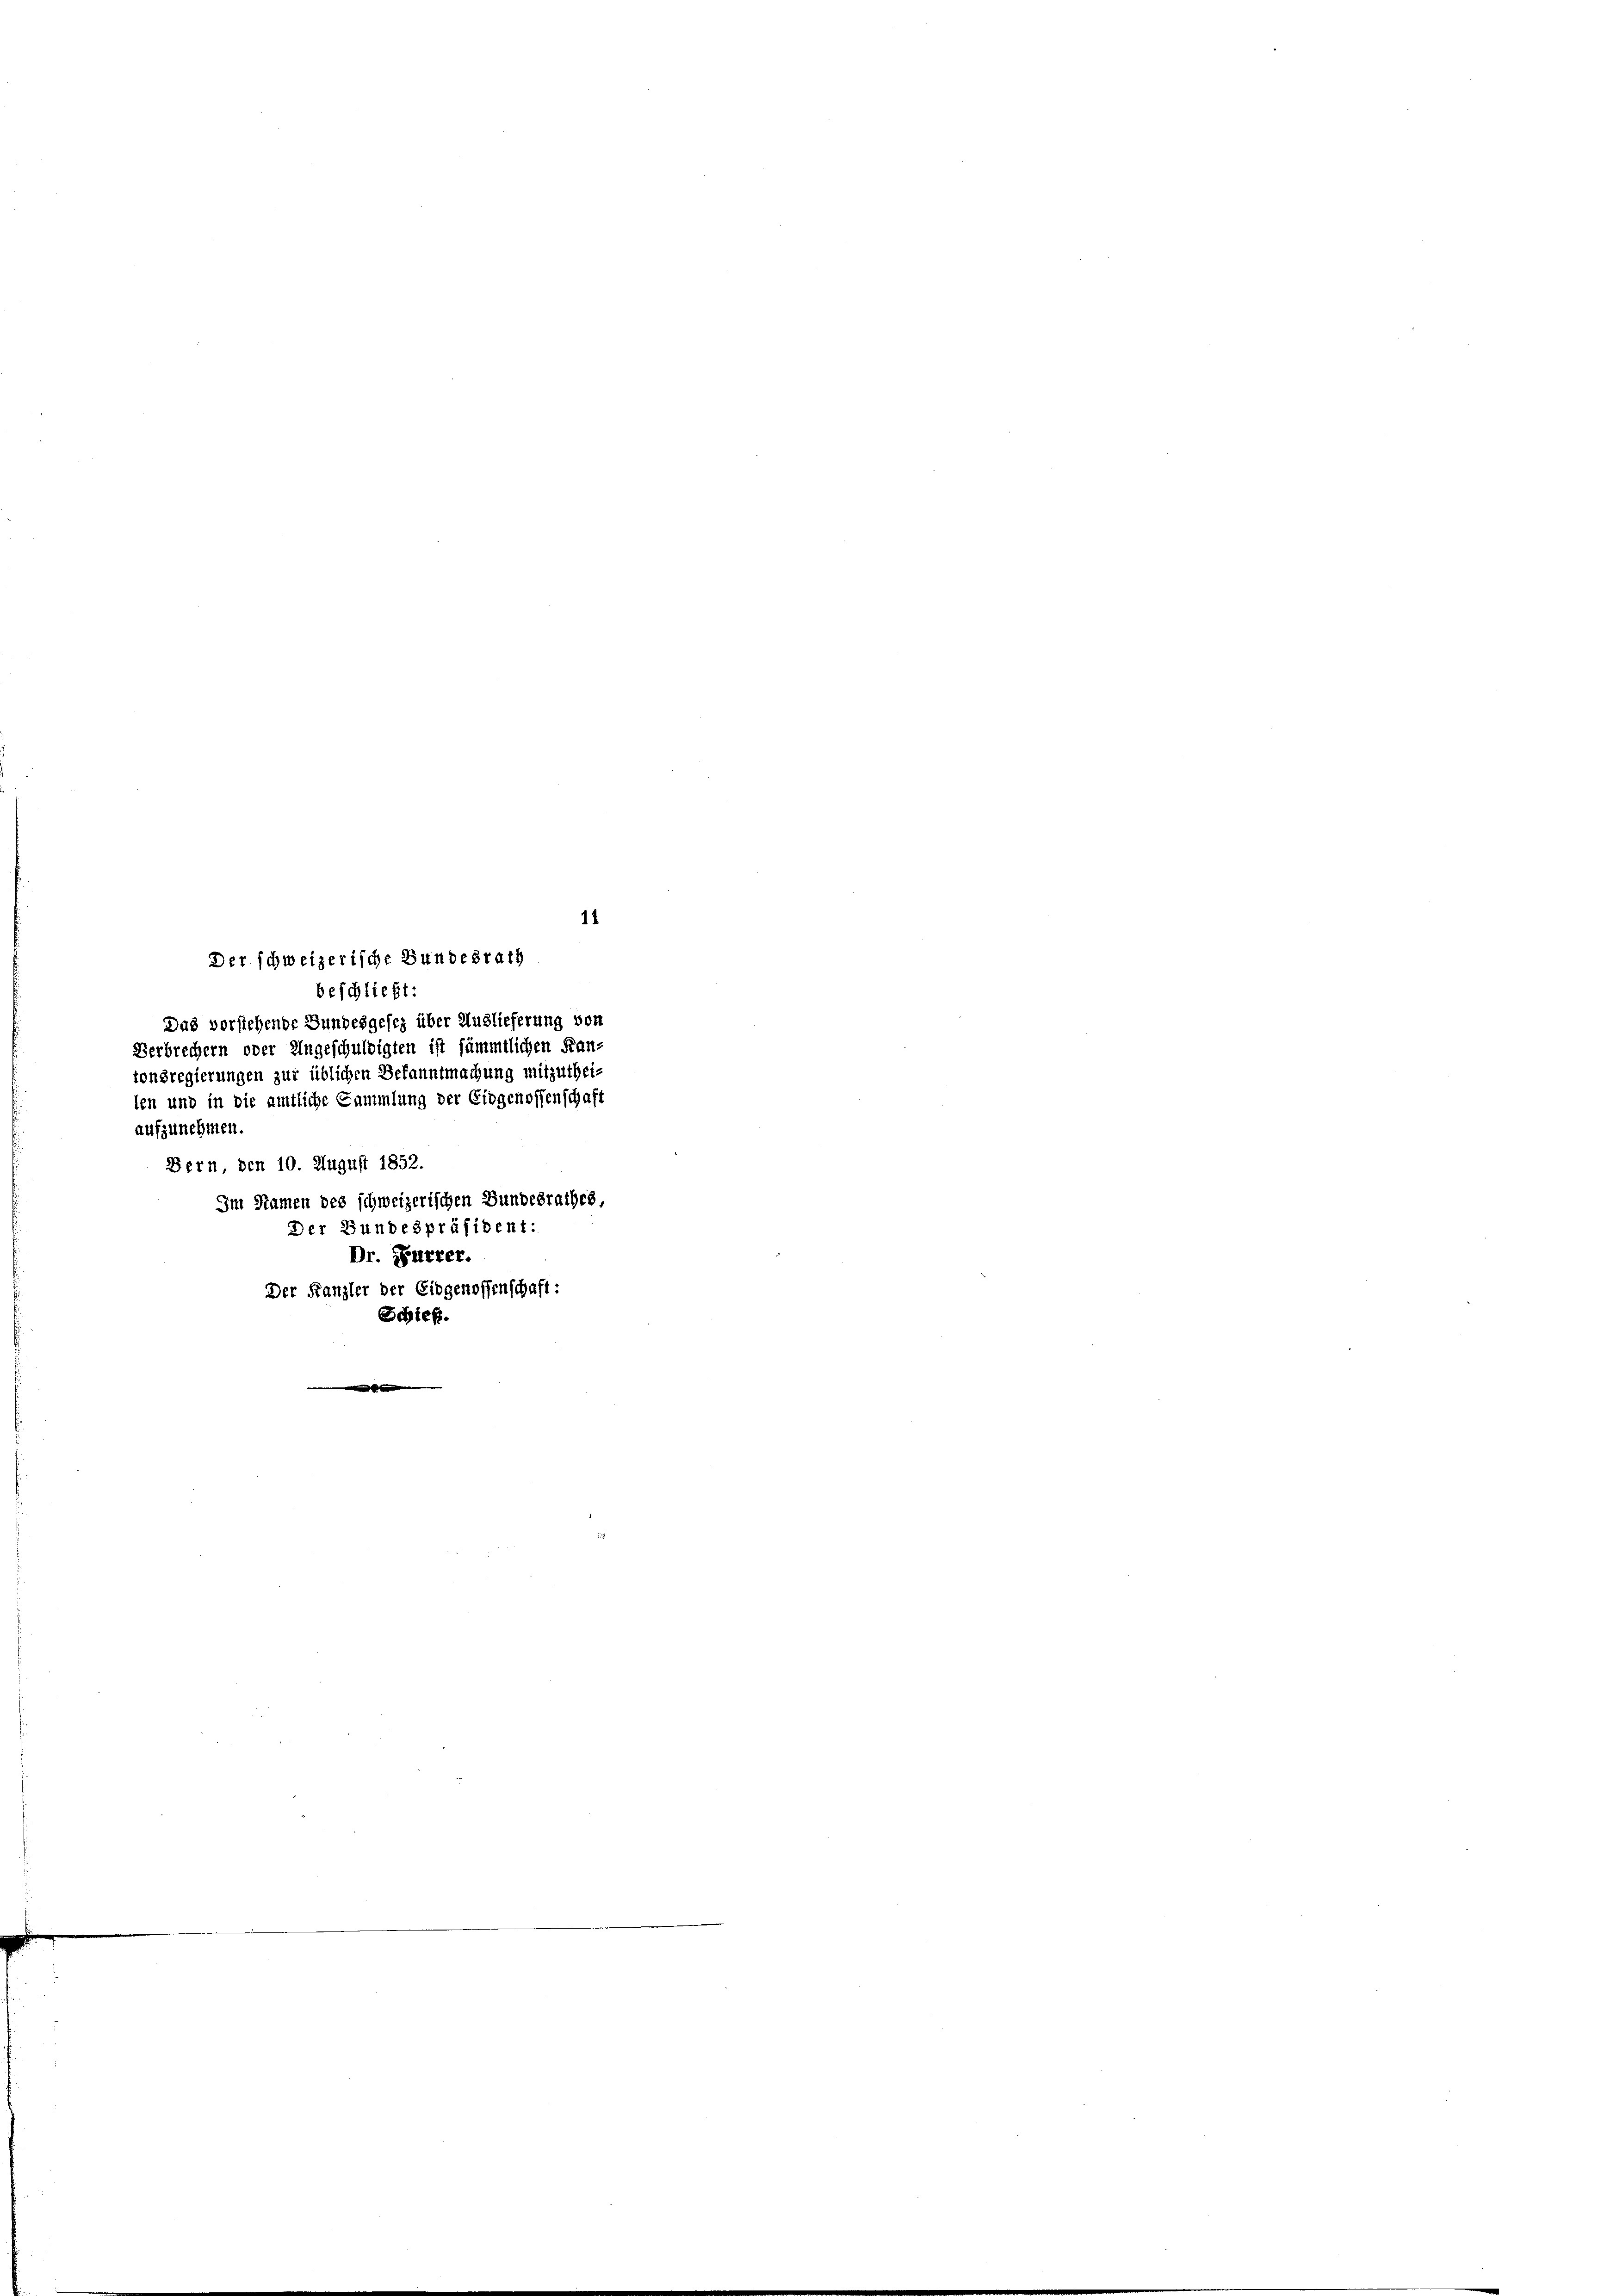
11
Der schweizerische Bundesrath
beschließt:
Das vorstehende Bundesgesez über Auslieferung von
Verbrechern oder Angeschuldigten ist sämmtlichen Kanz
tonsregierungen zur üblichen Bekanntmachung mitzuthei-
len und in die amtliche Sammlung der Eidgenossenschaft
aufzunehmen.
Bern, den 10. August 1852.
Im Namen des schweizerischen Bundesrathes
Der Bundespräsident:
Dr. Furrer.

Der Kanzler der Eidgenossenschaft:
Bieß.
E